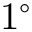
1 ^ { \circ }